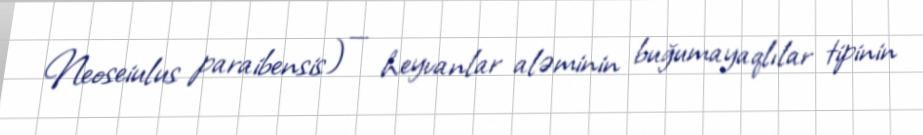
Neoseiulus paraibensis) — heyvanlar aləminin buğumayaqlılar tipinin